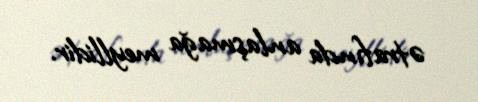
ətrafında anlaşmağa meyllidir.